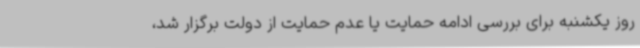
روز یکشنبه برای بررسی ادامه حمایت یا عدم حمایت از دولت برگزار شد،